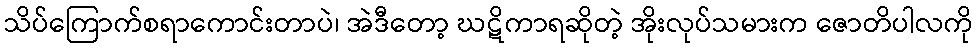
သိပ်ကြောက်စရာကောင်းတာပဲ၊ အဲဒီတော့ ဃဋိကာရဆိုတဲ့ အိုးလုပ်သမားက ဇောတိပါလကို